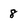
Character: 8